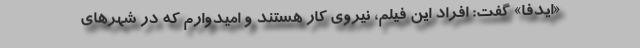
«ایدفا» گفت: افراد این فیلم، نیروی کار هستند و امیدوارم که در شهرهای